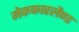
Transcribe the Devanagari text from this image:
मेकफारलैण्ड